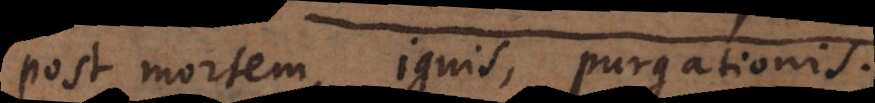
post mortem, ignis, purgationis,